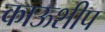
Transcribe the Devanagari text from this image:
काऊशीप